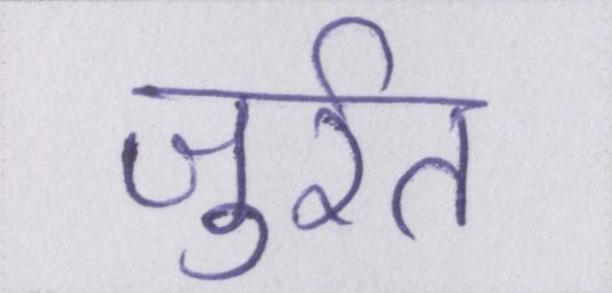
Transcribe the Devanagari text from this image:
जुर्रत